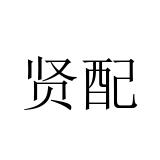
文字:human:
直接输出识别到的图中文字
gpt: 贤配